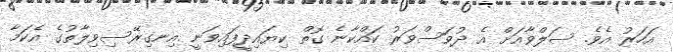
އަހަރު އެވެ. ސަލްވާއަށް އެ ދުވަސްވަރު ކައްކާނެ ގޮތް ކިޔައިދީފައިވަނީ އިނގިރޭސިވިލާތުގެ އެކަމާ